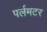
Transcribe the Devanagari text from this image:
पर्लमटर